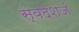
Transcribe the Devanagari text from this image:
स्वदेशजं